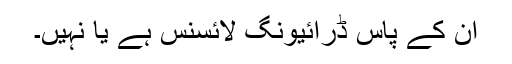
ان کے پاس ڈرائیونگ لائسنس ہے یا نہیں۔